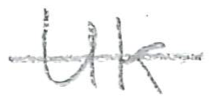
Text: UK
Cross-out: single-line
Writing tool: pencil